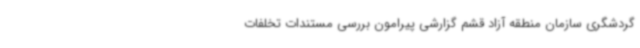
گردشگری سازمان منطقه آزاد قشم گزارشی پیرامون بررسی مستندات تخلفات